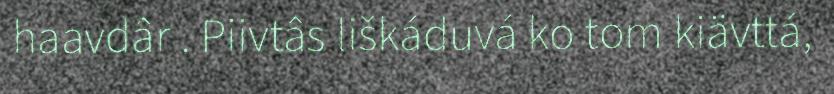
haavdâr . Piivtâs liškáduvá ko tom kiävttá,